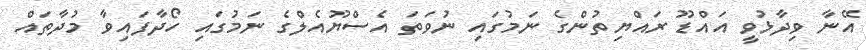
އޭނާ ވިދާޅުވީ އައްޑޫ ރައްޔިތުންގެ ނަމުގައި ނުވަތަ އެސްޔޫއެލްގެ ނަމުގައި ހޯދާފައިވާ މުދާތައް